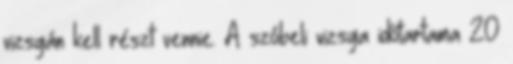
vizsgán kell részt vennie. A szóbeli vizsga időtartama 20